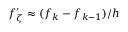
f _ { \zeta } ^ { \prime } \approx ( f _ { k } - f _ { k - 1 } ) / h